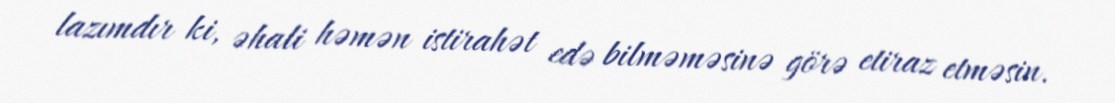
lazımdır ki, əhali həmən istirahət edə bilməməsinə görə etiraz etməsin.